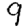
Digit: 9